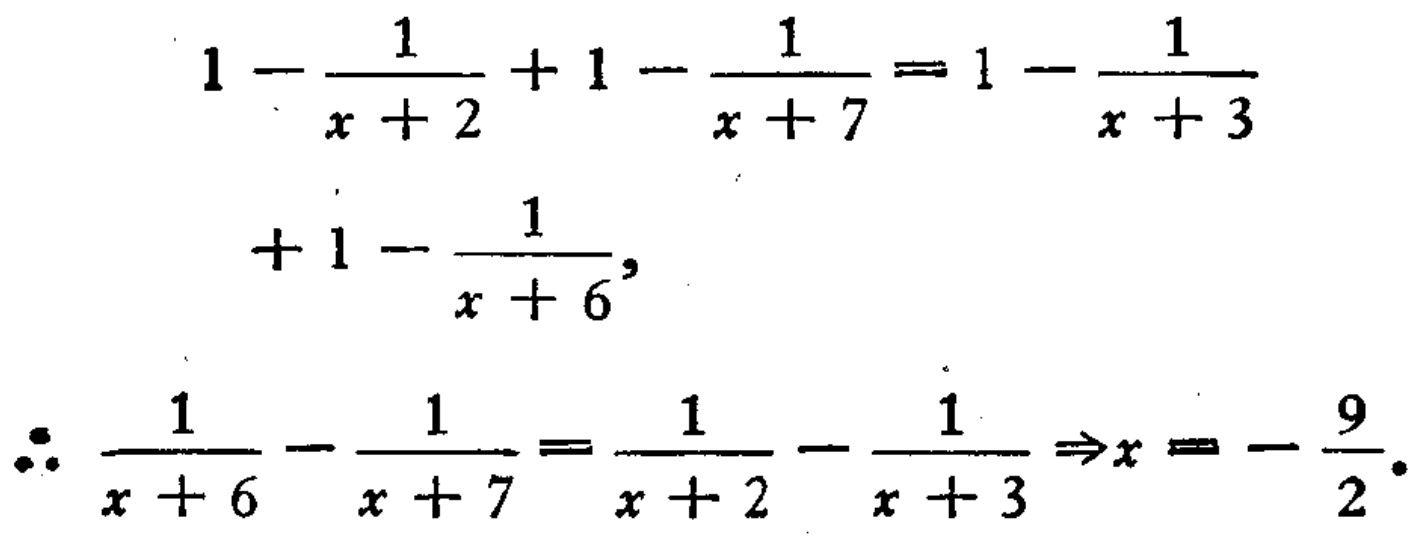
\[
\begin{align*}
1-\frac{1}{x + 2}+1-\frac{1}{x + 7}&=1-\frac{1}{x + 3}+1-\frac{1}{x + 6},\\
\therefore \frac{1}{x + 6}-\frac{1}{x + 7}&=\frac{1}{x + 2}-\frac{1}{x + 3} \Rightarrow x=-\frac{9}{2}.
\end{align*}
\]